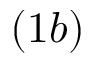
( 1 b )